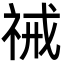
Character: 祴